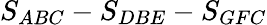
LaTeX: S_{ABC}-S_{DBE}-S_{GFC}